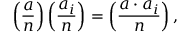
\left( { \frac { a } { n } } \right) \left( { \frac { a _ { i } } { n } } \right) = \left( { \frac { a \cdot a _ { i } } { n } } \right) ,